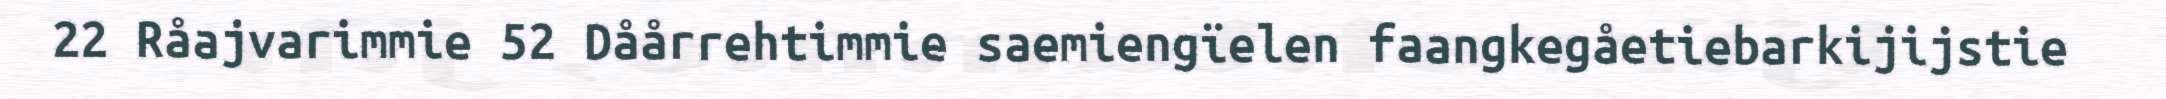
22 Råajvarimmie 52 Dåårrehtimmie saemiengïelen faangkegåetiebarkijijstie